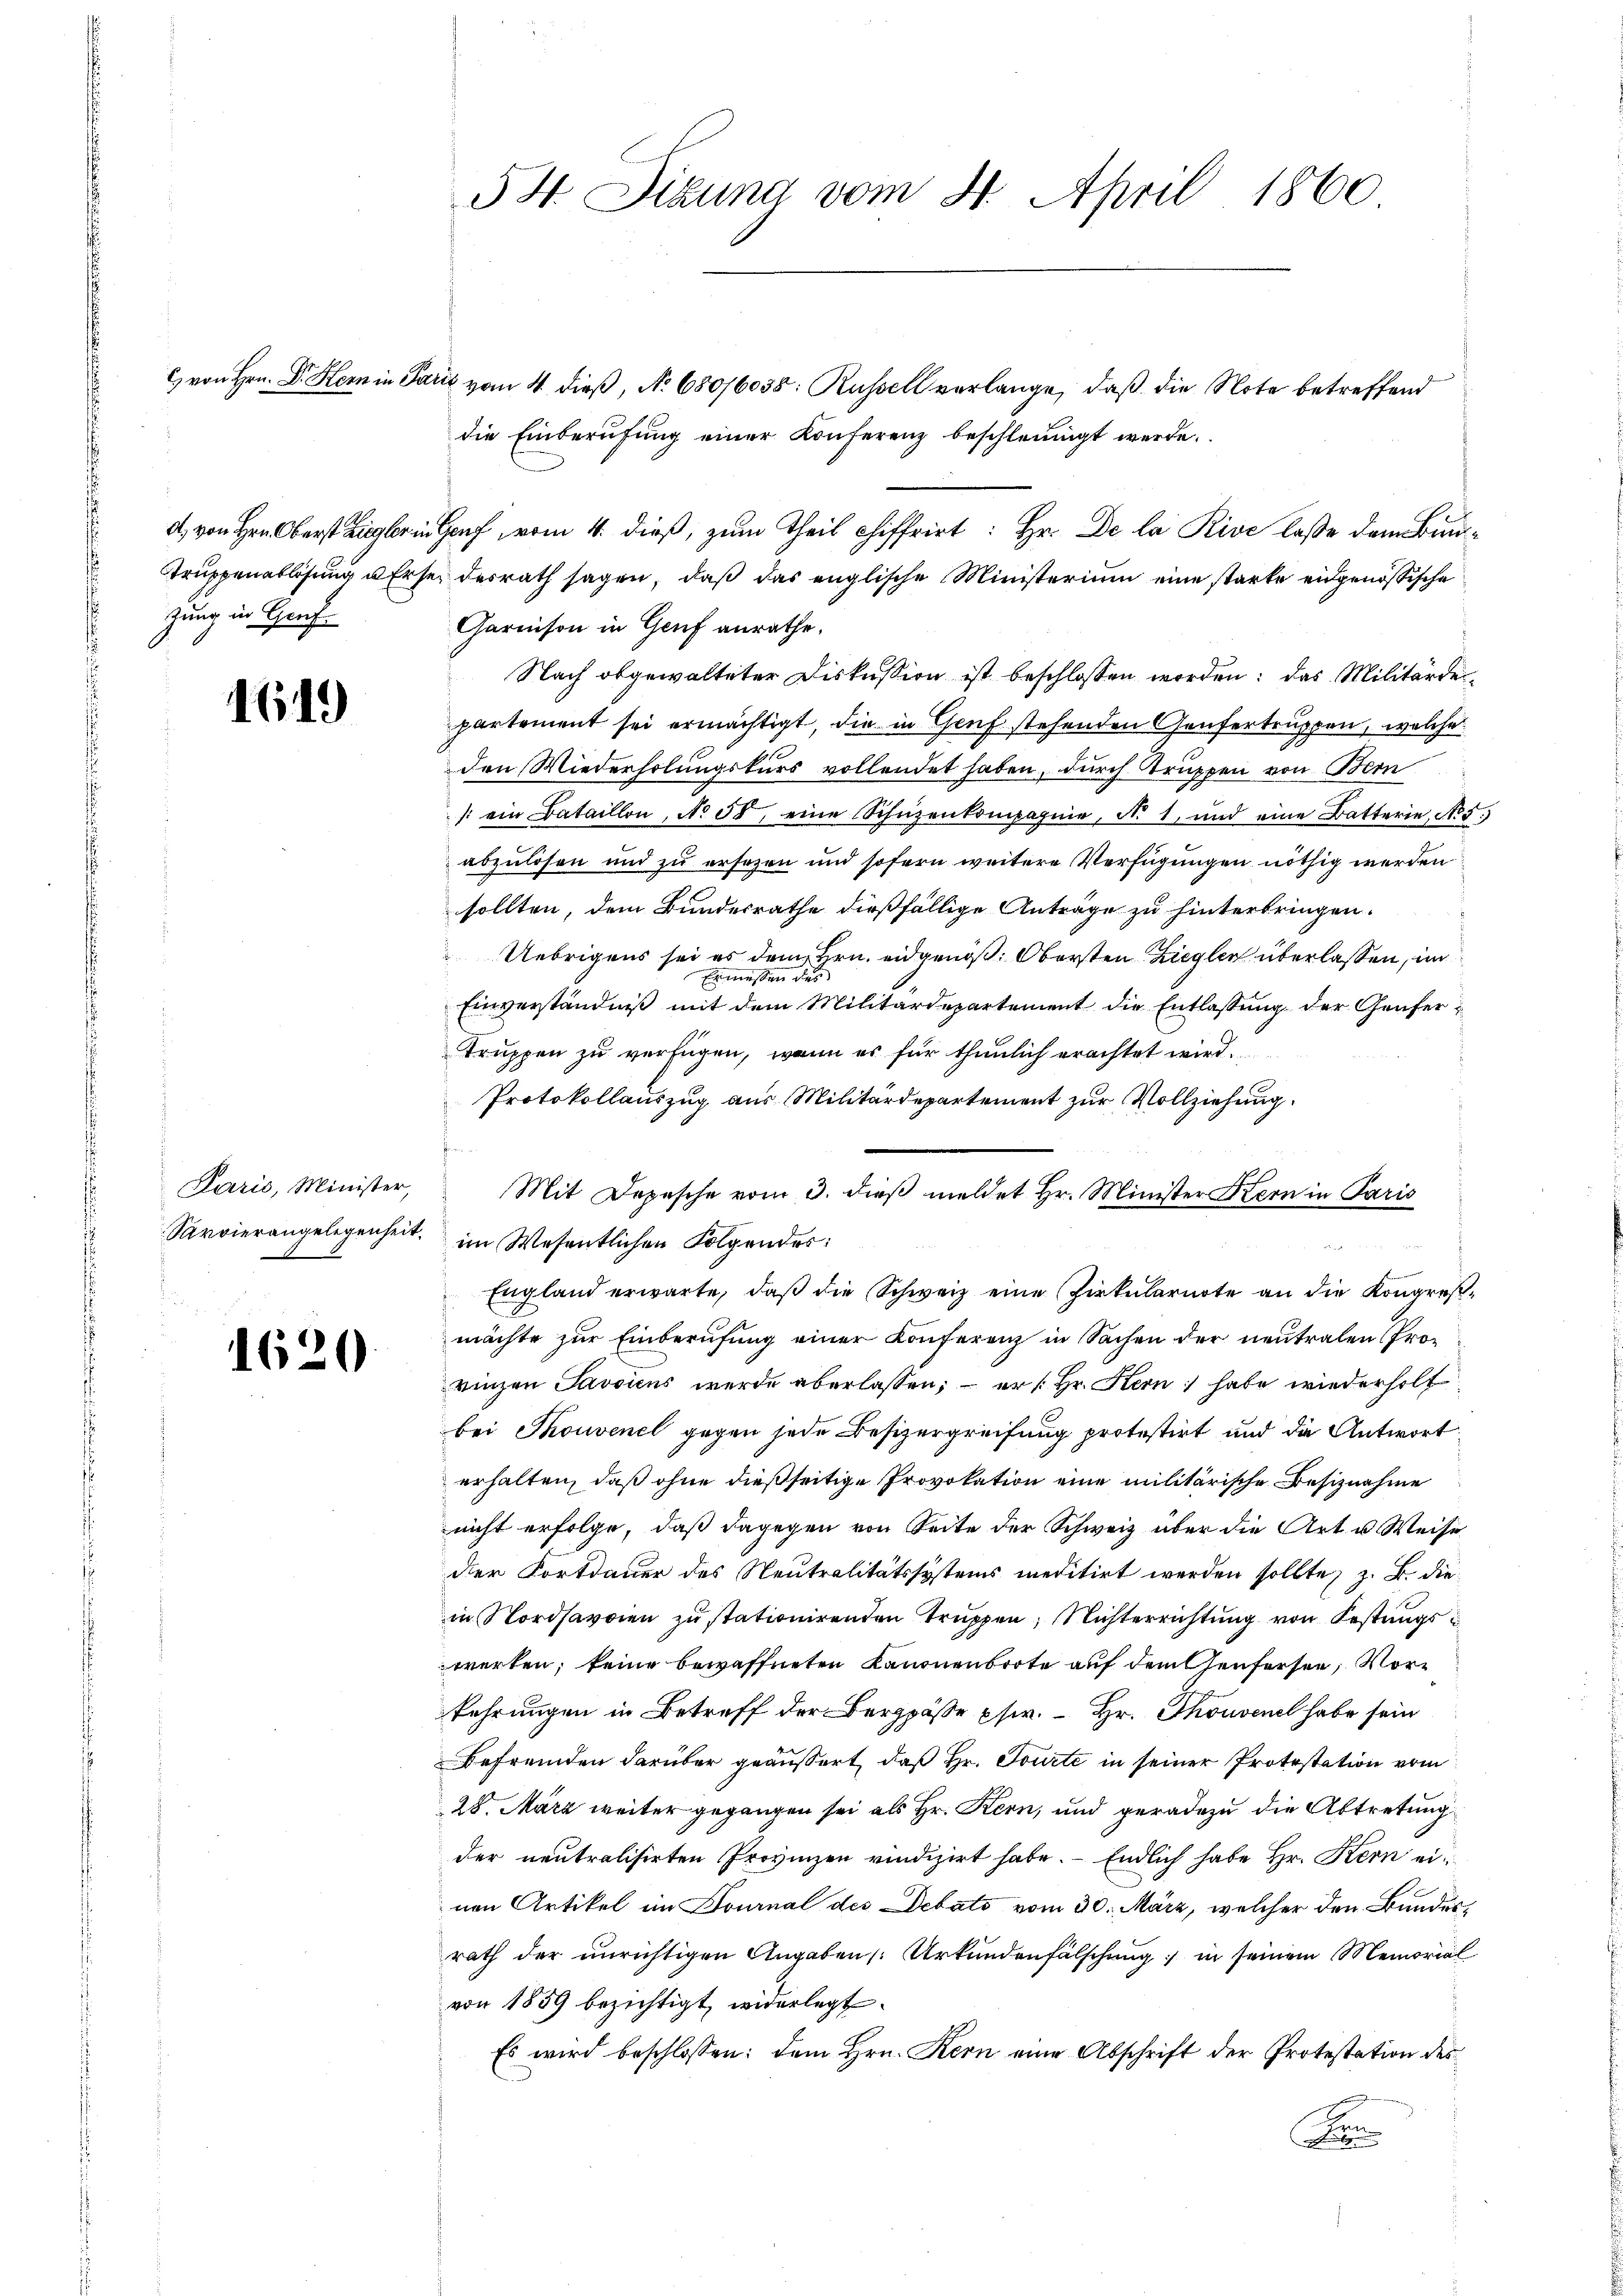
d, von Hrn. Oberst Ziegler in
Truppenablösung u. Er sei
zung in Genf.

1649

Paris, Minister,
Sarvierangelegenheit.

162

1

54. Sizung vom 31. April 1860

die Einberufung einer Konferenz beschleunigt werde.
Hof vom 4. dieß, zum Theil chiffriret: Hr. De la Rive lasse dem Bundesrath sagen, daß das englische Ministerium eine starke eidgenössische
Garnison in Genf anrathe.
Nach abgewalteter Diskussion ist beschlossen worden: das Militärdepartement sei ermächtigt, die in Genf stehenden Genfertruppen, welche
den Wiederholungskurs vollendet haben, durch Truppen von Bern
: ein Bataillon, No 58, eine Schüzenkompagnie, N. 1, und eine Batterie, No 5.
abzulösen und zu ersezen und sofern weitere Verfügungen nöthig werden.
sollten, dem Bundesrathe dießfällige Anträge zu hinterbringen.
Uebrigens sei es dem Bern eidgenöß. Obersten Ziegler überlassen, im
Ermessen dies
Einverständniß mit dem Militärdepartement die Entlassung der Genfer¬
Truppen zu verfügen, wenn es für thunlich erachtet wird.
Protokollauszug aus Militärdepartement zur Vollziehung.
Mit Depesche vom 3. dieß meldet Hr. Minister Kern in Paris
im Wesentlichen Folgendes:
England erwarte, daß die Schweiz eine Zirkularirte an die Kongreßmöchte zur Einberufung einer Konferenz in Sachen der neutralen (Provinzen Javsiens wurde überlassen; – er /: Hr. Kern habe wiederholt
bei Thouvenel gegen jede Besizergreifung protestirt und die Antwort
erhalten, daß ohne dießseitige Provokation eine militärische Besiznahme
nicht erfolge, daß dagegen von Seite der Schweiz über die Art u. Weise
der Fortdauer des Neutralitätssystems meditirt werden sollte, z. B. die
in Nordsavoien zu stationirenden Truppen, Nichterrichtung von Festungswerten, keine bewaffneten Kanonenboote auf dem Genfersee, Vorkehrungen in Betreff der Bergpäße pfer.  Hr. Thonvenel habe sein
Befremden darüber geäußert, daß Hr. Tourte in seiner Protestation vom
28. März weiter gegangen sei als Hr. Kern, und geradezu die Abtretung
der neutralisirten Provinzen vindizirt habe. - Endlich habe Hr. Kern einen Artikel im Fournal des Debato vom 30. März, welcher den Bundesrath der unrichtigen Angaben Urkundenfälschung in seinem Memorial
von 1859 bezichtigt, widerlegt.
Es wird beschlossen: dem Hrn. Kern eine Abschrift der Protestation des
e
e

C von Hrn. Dr. Hern in Paris vom 4. dieß, N. 680/6038: Russell verlange, daß die Note betreffend